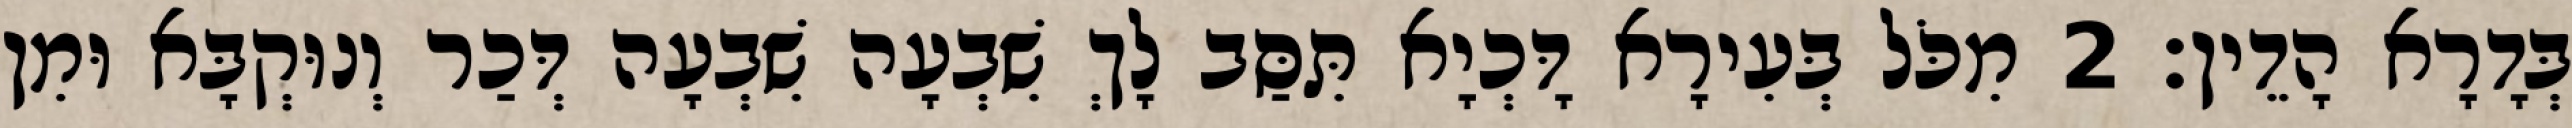
בְּדָרָא הָדֵין׃ 2 מִכֹּל בְּעִירָא דָּכְיָא תִּסַּב לָךְ שִׁבְעָה שִׁבְעָה דְּכַר וְנוּקְבָּא וּמִן